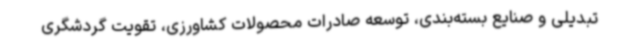
تبدیلی و صنایع بسته‌بندی، توسعه صادرات محصولات کشاورزی، تقویت گردشگری